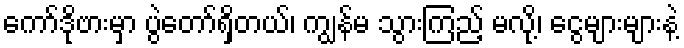
ကော်ဒိုဗားမှာ ပွဲတော်ရှိတယ်၊ ကျွန်မ သွားကြည့် မလို့၊ ငွေများများနဲ့